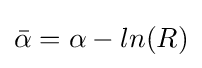
{\bar {\alpha }}=\alpha -ln(R)